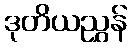
ဒုတိယညွှန်